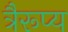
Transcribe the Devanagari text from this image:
त्रैरूप्य